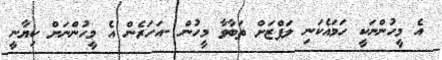
އެ މީހުންނަކީ ހަމައެކަނި ލަފްޒަށް ތަބާވާ މީހުން -އަހަރެން އެ މީހުންނަށް ކިޔާނީ